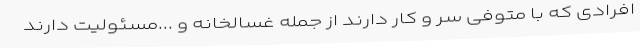
افرادی که با متوفی سر و کار دارند از جمله غسالخانه و ...مسئولیت دارند